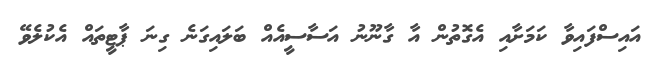
އައިސްފައިވާ ކަމަށާއި އެގޮތުން އާ ގާނޫނު އަސާސީއެއް ބަލައިގަނެ ގިނަ ޕާޓީތައް އެކުލެވޭ